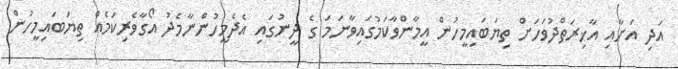
އަދި އަށާއި އާޚިރަތްދުވަހަށް ތިޔަބައިމީހުން އީމާންވާކަމުގައިވާނަމަ ގެ ދީނުގައި އެދެމީހުންނާމެދު އޯގާވެރިކަމެއް ތިޔަބައިމީހުން